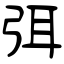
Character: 弭